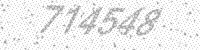
Solution: 714548